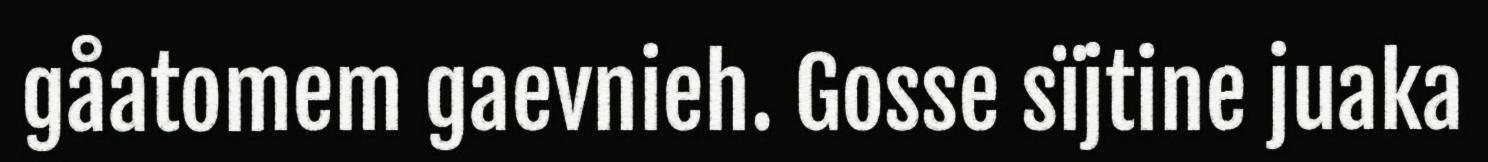
gåatomem gaevnieh. Gosse sïjtine juaka